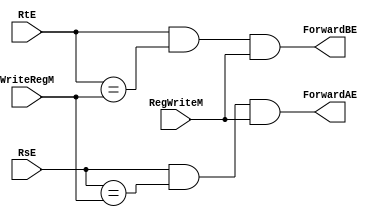
module hazard(	input	RsE,
		input 	RtE,
		input 	RegWriteM,
		input	WriteRegM,
		output  ForwardAE,
		output  ForwardBE);

assign ForwardAE = (RsE != 0) & (RsE == WriteRegM) & RegWriteM;
assign ForwardBE = (RtE != 0) & (RtE == WriteRegM) & RegWriteM;

endmodule